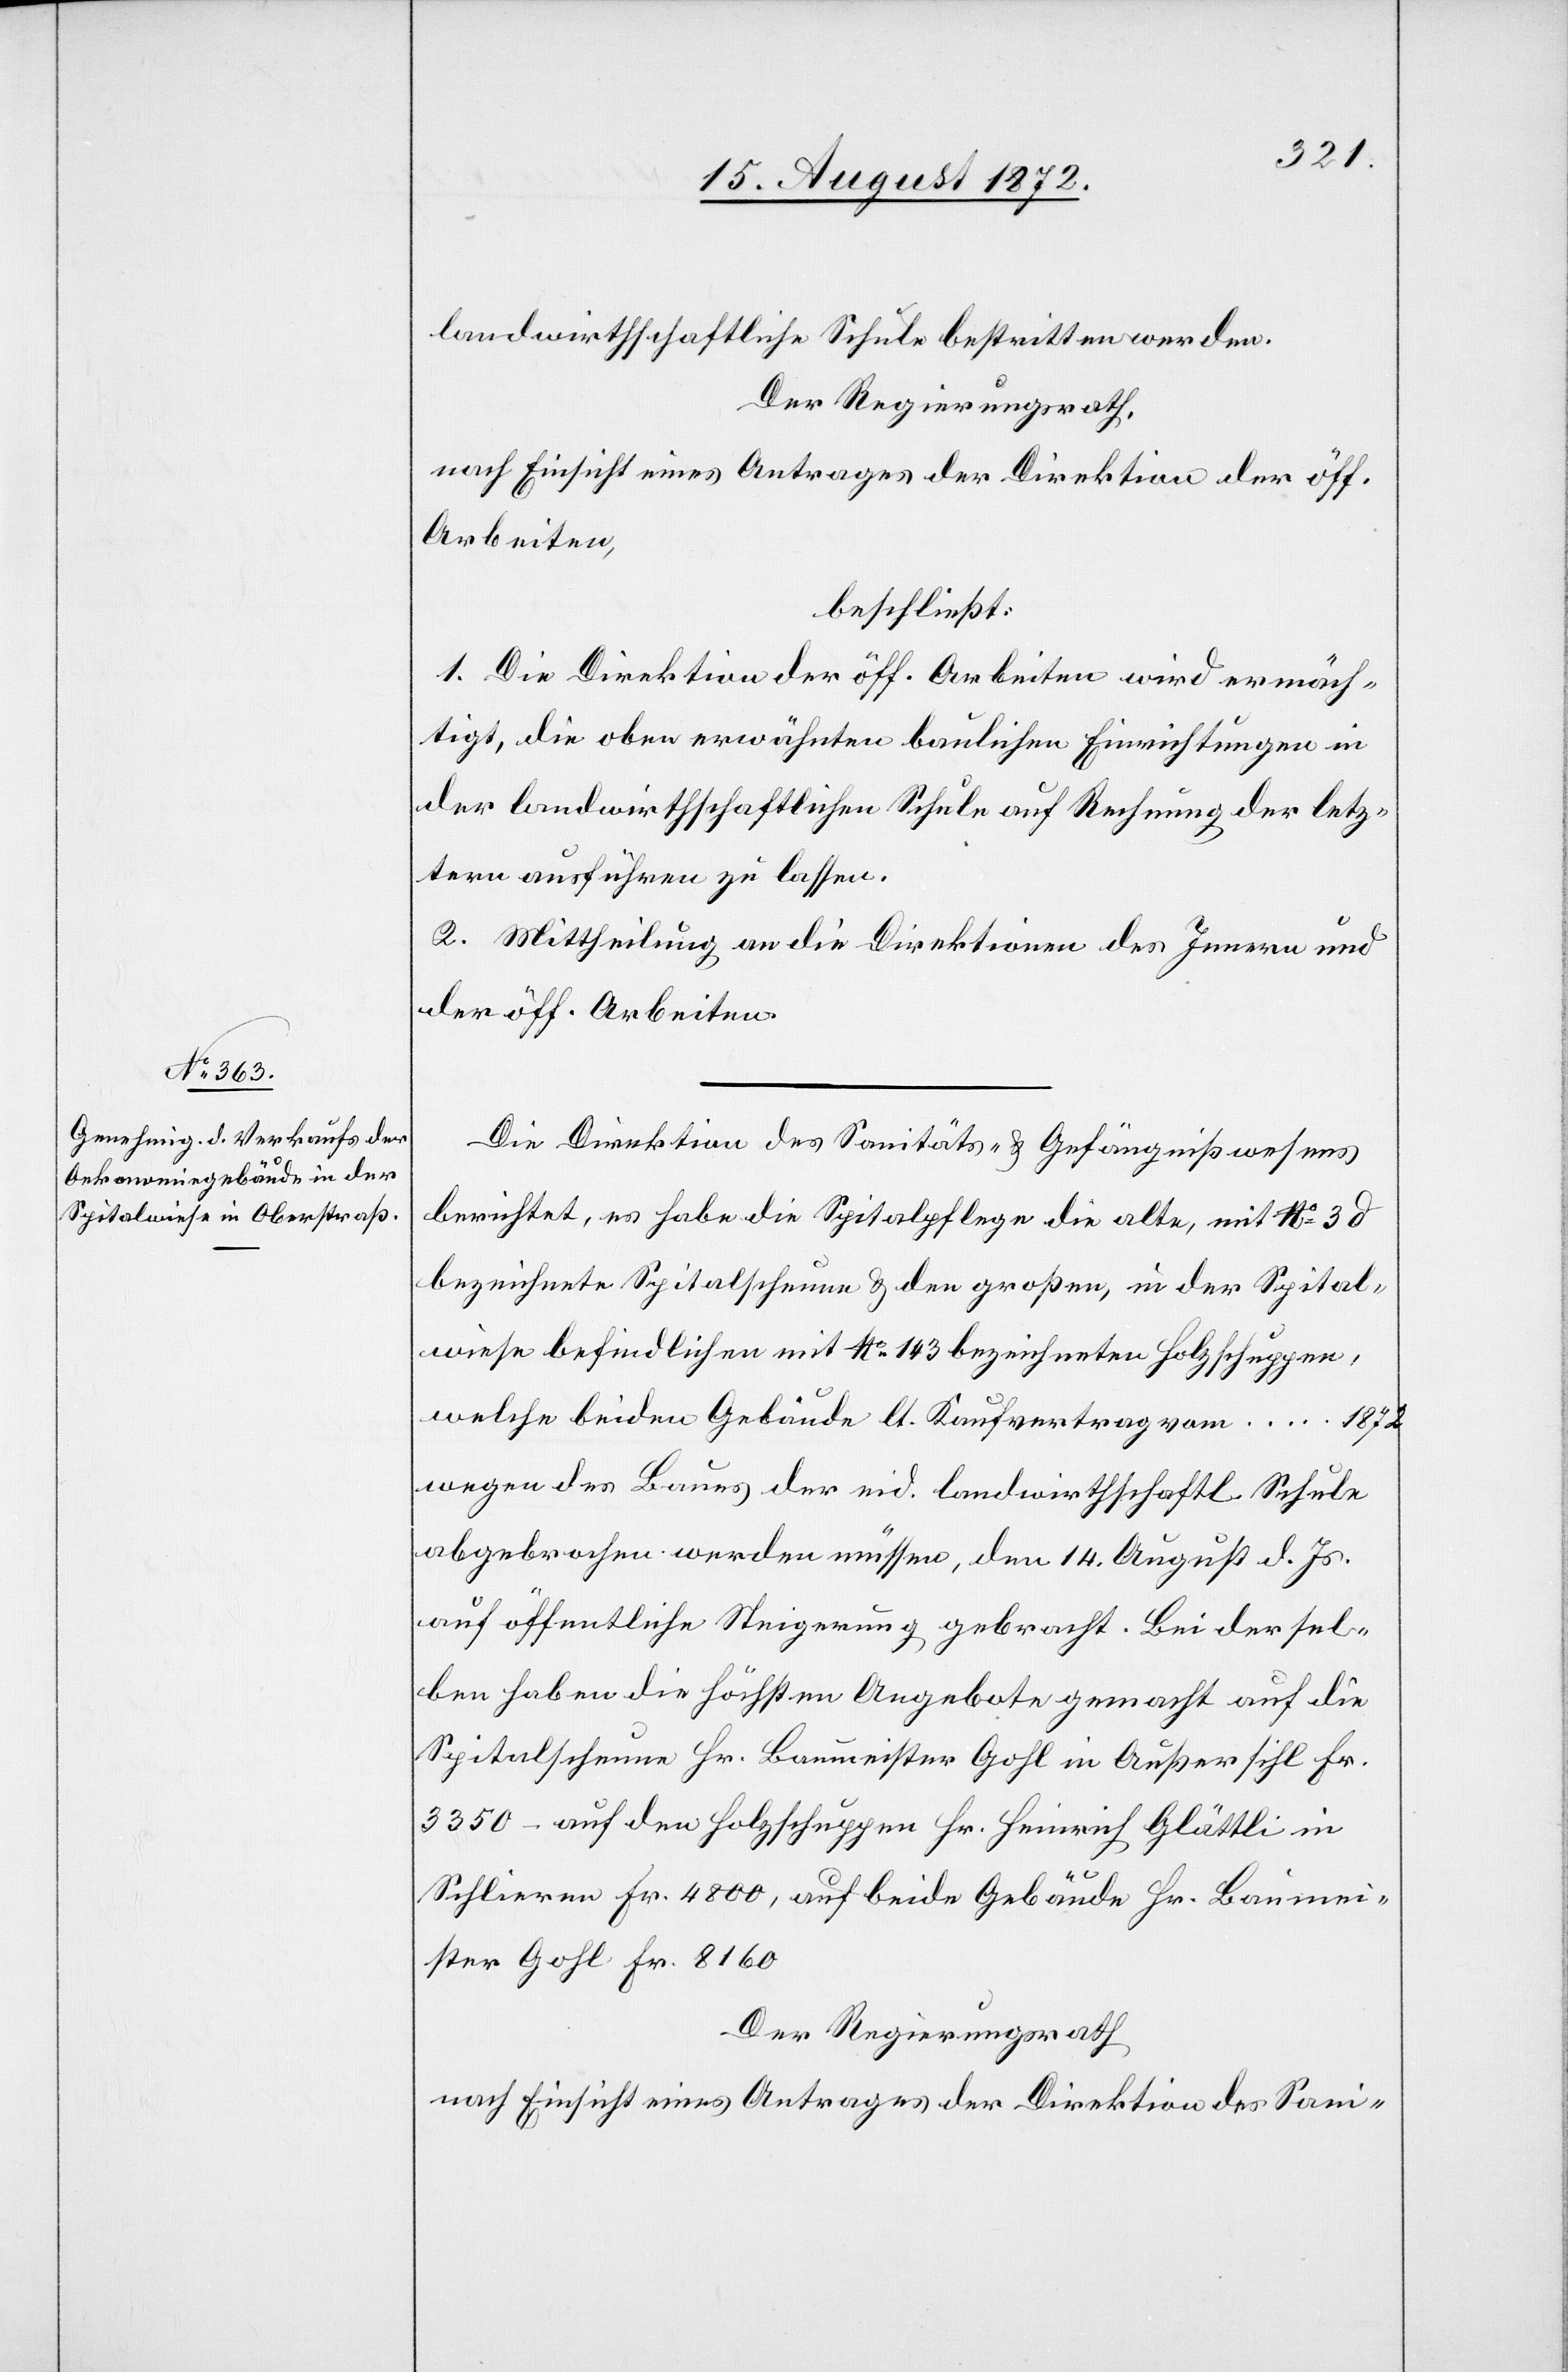
landwirthschaftliche Schule bestritten werden.
Der Regierungsrath,
nach Einsicht eines Antrages der Direktion der öff.
Arbeiten,
beschließt:
1. Die Direktion der öff. Arbeiten wird ermäch¬
tigt, die oben erwähnten baulichen Einrichtungen in
der landwirthschaftlichen Schule auf Rechnung der letz¬
tern ausführen zu lassen.
2. Mittheilung an die Direktionen des Innern und
der öff. Arbeiten.
Die Direktion des Sanitäts- u. Gefängnißwesens
berichtet, es habe die Spitalpflege die alte, mit No 3 d
bezeichnete Spitalscheune u. den großen, in der Spital¬
wiese befindlichen mit No 143 bezeichneten Holzschuppen,
welche beiden Gebäude lt. Kaufvertrage vom … 1872
wegen des Baues der eid. landwirthschaftl. Schule
abgebrochen werden müssen, den 14. August d. Js.
auf öffentliche Steigerung gebracht. Bei der sel¬
ben haben die höchsten Angeboten gemacht auf die
Spitalscheune Hr. Baumeister Gohl in Außersihl Fr.
3350 – auf den Holzschuppen Hr. Heinrich Glättli in
Schlieren Fr. 4800, auf beide Gebäude Hr. Baumei¬
ster Gohl Fr. 8160[.]
Der Regierungsrath
nach Einsicht eines Antrages der Direktion des Sani-